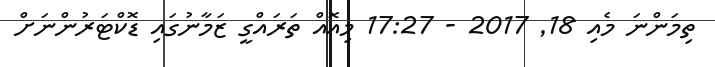
ތިމަންނަ މެއި 18